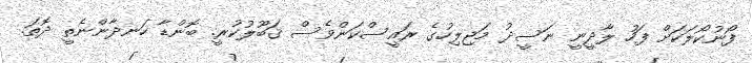
ފޯނުކޯލަކަށް ފަހު ލާދީނީ ނަސީދު މަޖިލިހުގެ ރައީސްކަންވެސް ޤަބޫލުކުރީ. ބޮންޑާ ހަނދާންނެތީ ދޮތަ.